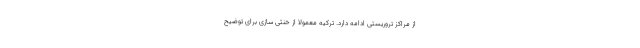
از مراکز تروریستی ادامه دارد. ترکیه معمولا از خنثی سازی برای توضیح